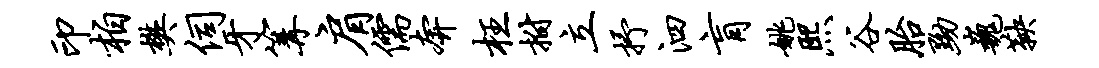
印柏樊伺牙篝肩儒奔枉拊立抒泗肓姚熙谷胎黝巍鞅